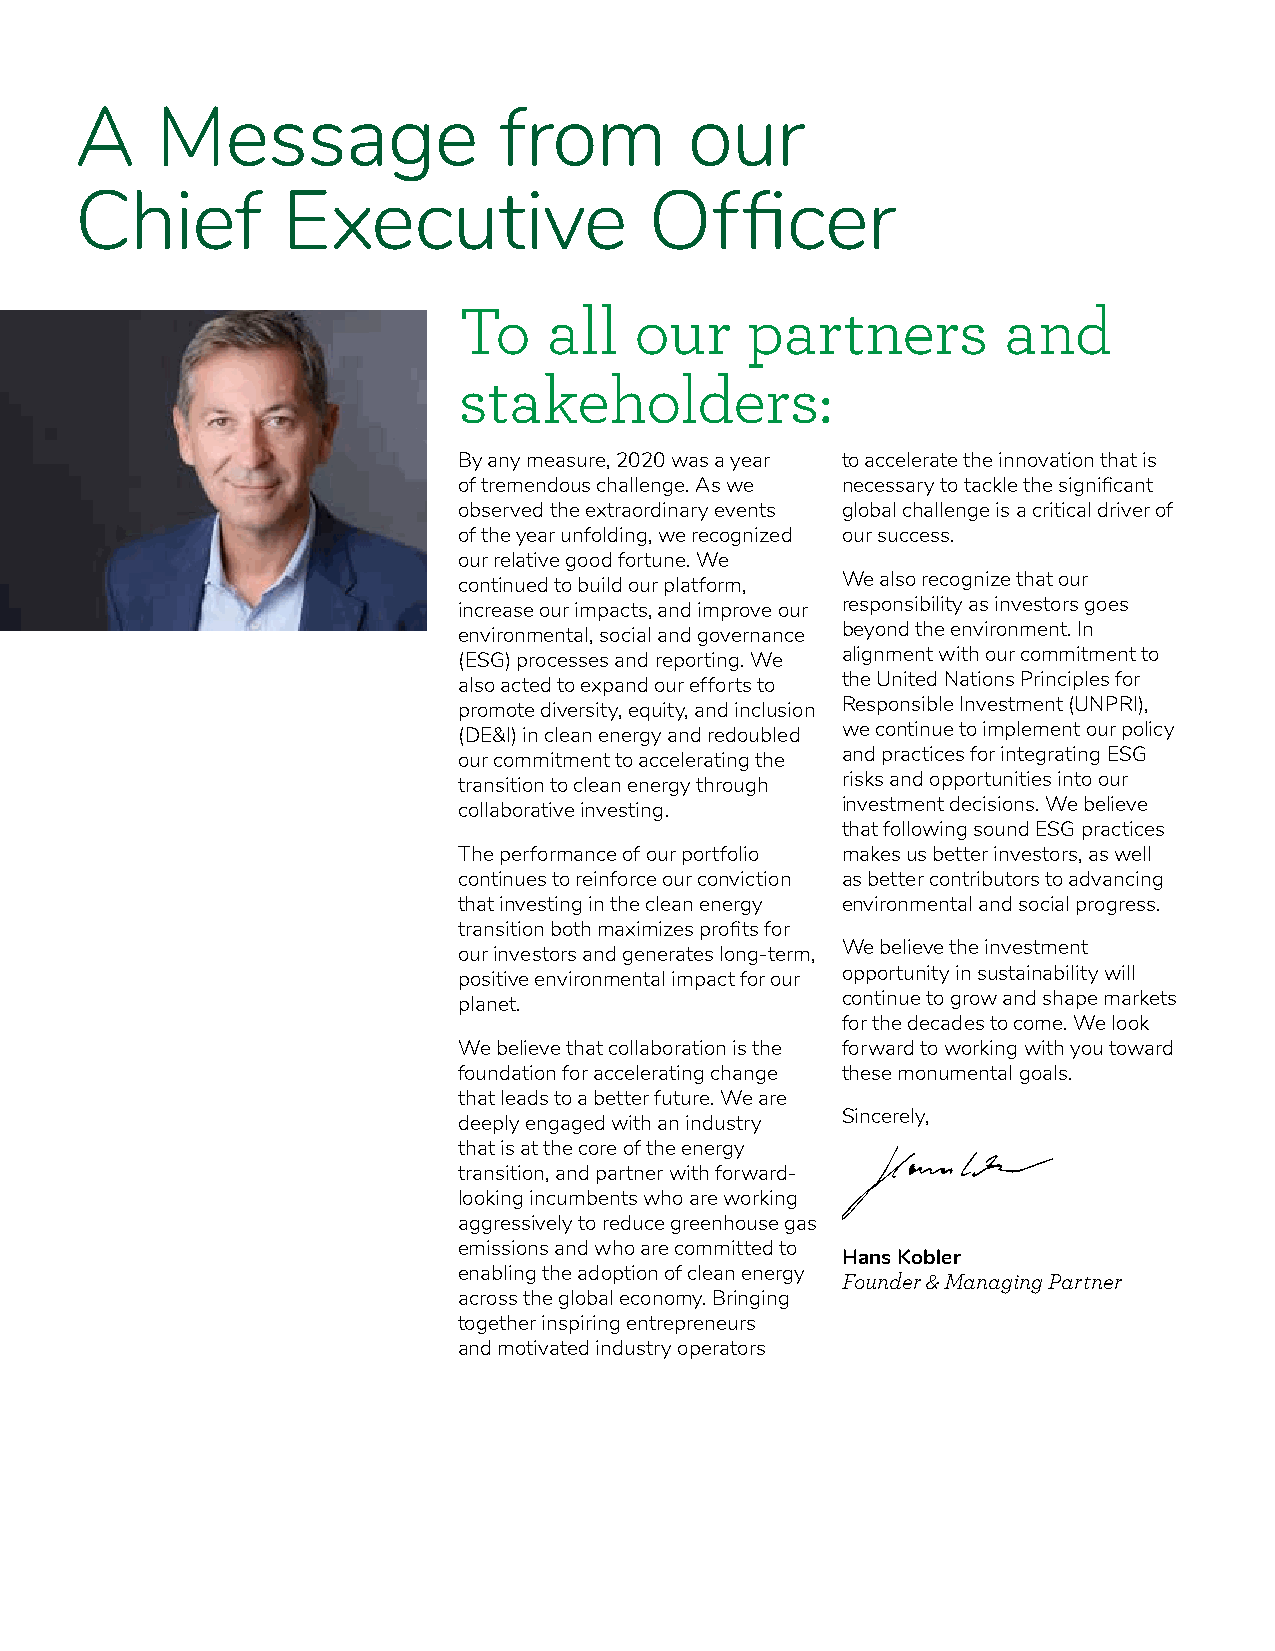
A    Message                from         our
 Chief         Executive               Officer
 To    all   our    partners         and
 stakeholders:
 By any measure, 2020 was a year to accelerate the innovation that is
 of tremendous challenge. As we necessary to tackle the significant
 observed the extraordinary events global challenge is a critical driver of
 of the year unfolding, we recognized our success.
 our relative good fortune. We
 continued to build our platform, We also recognize that our
 increase our impacts, and improve our responsibility as investors goes
 environmental, social and governance beyond the environment. In
 (ESG) processes and reporting. We alignment with our commitment to
 also acted to expand our efforts to the United Nations Principles for
 promote diversity, equity, and inclusion Responsible Investment (UNPRI),
 (DE&I) in clean energy and redoubled we continue to implement our policy
 our commitment to accelerating the and practices for integrating ESG
 transition to clean energy through risks and opportunities into our
 collaborative investing.  investment decisions. We believe
 that following sound ESG practices
 The performance of our portfolio makes us better investors, as well
 continues to reinforce our conviction as better contributors to advancing
 that investing in the clean energy environmental and social progress.
 transition both maximizes profits for
 our investors and generates long-term, We believe the investment
 positive environmental impact for our opportunity in sustainability will
 planet.                   continue to grow and shape markets
 for the decades to come. We look
 We believe that collaboration is the forward to working with you toward
 foundation for accelerating change these monumental goals.
 that leads to a better future. We are
 deeply engaged with an industry Sincerely,
 that is at the core of the energy
 transition, and partner with forward-
 looking incumbents who are working
 aggressively to reduce greenhouse gas
 emissions and who are committed to
 Hans Kobler
 enabling the adoption of clean energy
 Founder & Managing Partner
 across the global economy. Bringing
 together inspiring entrepreneurs
 and motivated industry operators